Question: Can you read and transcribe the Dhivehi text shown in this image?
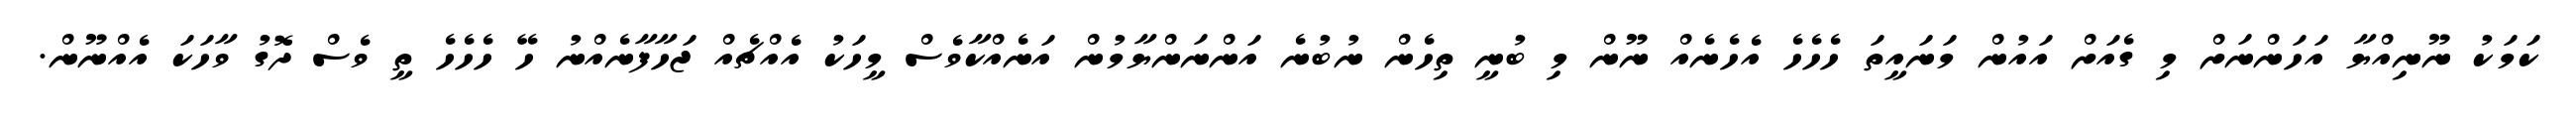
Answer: ކަމަކު ނޫނިއްޔާ އަހަންނަށް މި ގެއަށް އައުން މަނައީތަ ހެހެހެ އެހެނެއް ނޫން މި ބުނީ ތިހެން ނުބުނެ އަންނަންޔާމުން އަނެއްކާވެސް މީހަކު އެއްޗެއް ޖަހާފާނެއްނު ހޭ ހެހެހެ ތީ ވެސް ދޮގު ވާހަކަ އެއްނޫން.